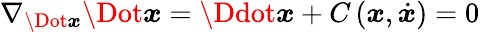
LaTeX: \nabla_{\Dot{\boldsymbol x}}\Dot{\boldsymbol{x}}=\Ddot{\boldsymbol x}+C\left(\boldsymbol x,\dot{\boldsymbol x}\right)=0